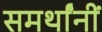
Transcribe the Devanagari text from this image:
समर्थांनीं